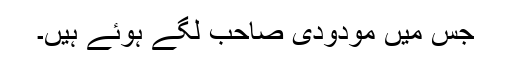
جس میں مودودی صاحب لگے ہوئے ہیں۔